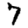
Digit: 7